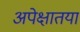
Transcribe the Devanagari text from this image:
अपेक्षातया